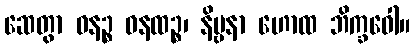
ဆေတွာ ဝနဉ္စ ဝနထဉ္စ၊ နိဗ္ဗနာ ဟောထ ဘိက္ခဝေါ။